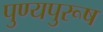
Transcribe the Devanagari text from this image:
पुण्यपुरूष